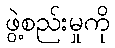
ဖွဲ့စည်းမှုကို